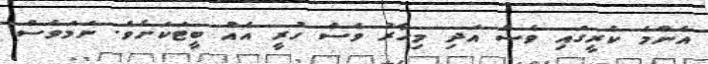
އެންމެ ކުރީގައި ވެސް އަދި މިހާރު ވެސް ހުރީ އެއް ބީޓަކަށެވެ. ނަމަވެސް